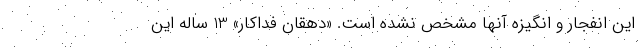
این انفجار و انگیزه آنها مشخص نشده‌ است. «دهقان فداکار» 13 ساله این